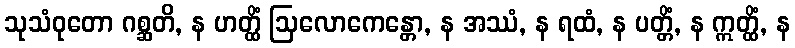
သုသံဝုတော ဂစ္ဆတိ, န ဟတ္ထိံ ဩလောကေန္တော, န အဿံ, န ရထံ, န ပတ္တိံ, န ဣတ္ထိံ, န